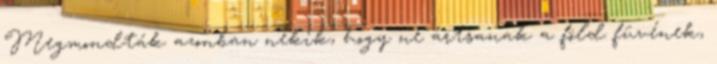
Megmondták azonban nekik, hogy ne ártsanak a föld füvének,